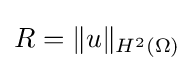
R=\|u\|_{H^{2}(\Omega )}